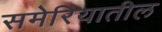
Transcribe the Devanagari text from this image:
समेरियातील